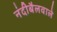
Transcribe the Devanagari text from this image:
नंदीबैलवाले